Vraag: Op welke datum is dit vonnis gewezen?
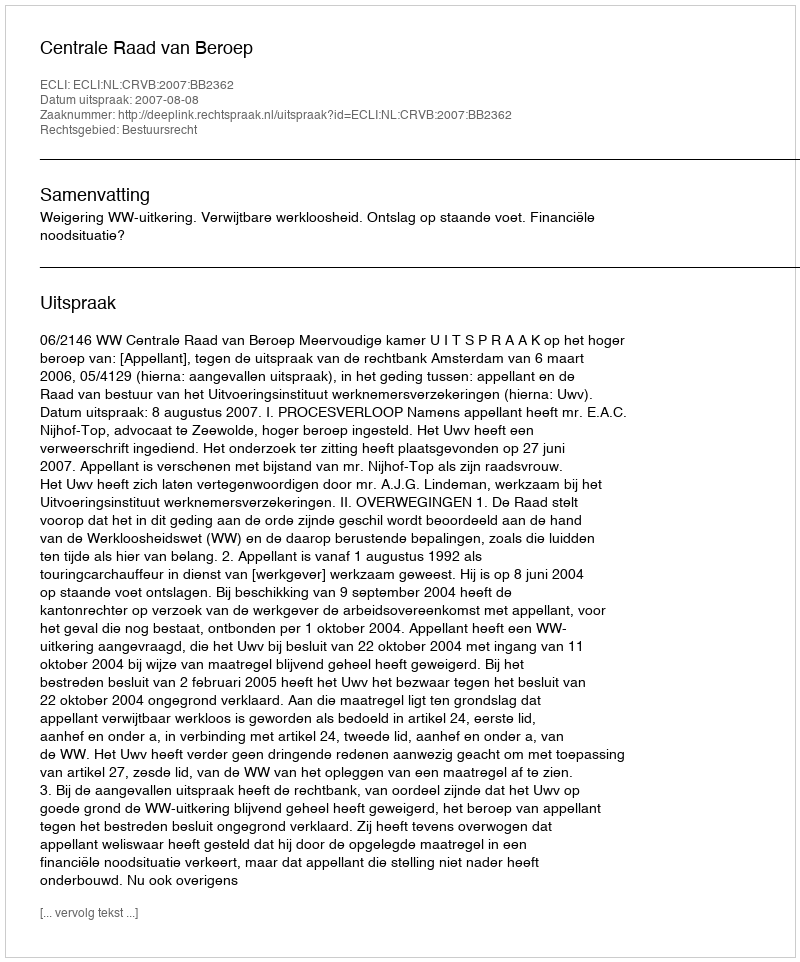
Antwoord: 2007-08-08